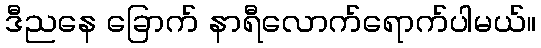
ဒီညနေ ခြောက် နာရီလောက်ရောက်ပါမယ်။